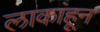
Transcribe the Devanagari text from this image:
लाकांहून